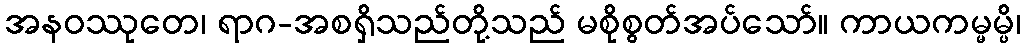
အနဝဿုတေ၊ ရာဂ-အစရှိသည်တို့သည် မစိုစွတ်အပ်သော်။ ကာယကမ္မမ္ပိ၊